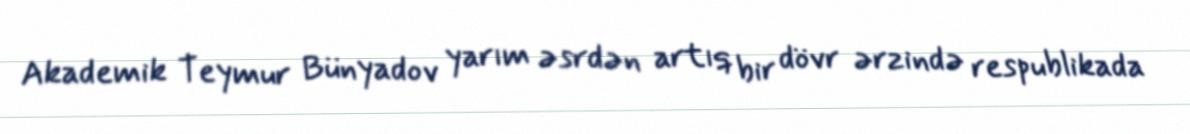
Akademik Teymur Bünyadov yarım əsrdən artıq bir dövr ərzində respublikada